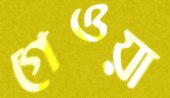
গেওয়া